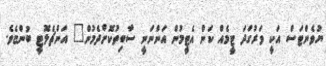
ޔުވެންޓަސް އަކީ ވަރުގަދަ ޓީމެއް ކަން އެޓީމުން އަންނަނީ ސާބިތުކޮށްދެމުން" އަންޗެލޮޓީ ބުންޏެވެ.